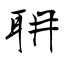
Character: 耼